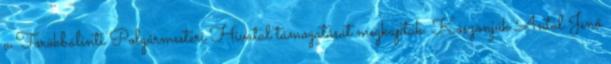
a Törökbálinti Polgármesteri Hivatal támogatását megkaptuk. Köszönjük Antal Jenő